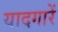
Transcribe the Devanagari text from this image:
यादगारें